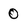
Character: 0